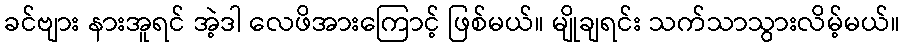
ခင်ဗျား နားအူရင် အဲ့ဒါ လေဖိအားကြောင့် ဖြစ်မယ်။ မျိုချရင်း သက်သာသွားလိမ့်မယ်။